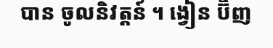
បាន ចូលនិវត្តន៍ ។ ង្វៀន ប៊ិញ